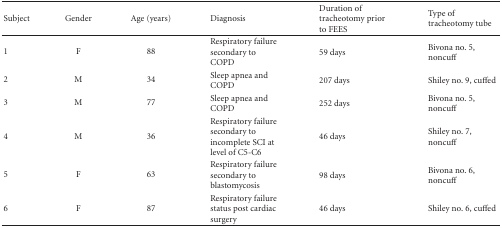
<table><thead><tr><td><b>Subject</b></td><td><b>Gender</b></td><td><b>Age (years)</b></td><td><b>Diagnosis</b></td><td><b>Duration of tracheotomy prior to FEES </b></td><td><b>Type of tracheotomy tube</b></td></tr></thead><tbody><tr><td>1</td><td>F</td><td>88</td><td>Respiratory failure secondary to COPD</td><td>59 days</td><td>Bivona no. 5, noncuff</td></tr><tr><td>2</td><td>M</td><td>34</td><td>Sleep apnea and COPD</td><td>207 days</td><td>Shiley no. 9, cuffed</td></tr><tr><td>3</td><td>M</td><td>77</td><td>Sleep apnea and COPD</td><td>252 days</td><td>Bivona no. 5, noncuff</td></tr><tr><td>4</td><td>M</td><td>36</td><td>Respiratory failure secondary to incomplete SCI at level of C5-C6</td><td>46 days</td><td>Shiley no. 7, noncuff</td></tr><tr><td>5</td><td>F</td><td>63</td><td>Respiratory failure secondary to blastomycosis</td><td>98 days</td><td>Bivona no. 6, noncuff</td></tr><tr><td>6</td><td>F</td><td>87</td><td>Respiratory failure status post cardiac surgery</td><td>46 days</td><td>Shiley no. 6, cuffed</td></tr></tbody></table>